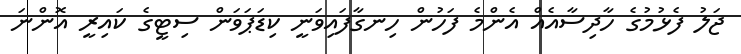
ޖަލު ފެޅުމުގެ ހާދިސާއެއް އެންމެ ފަހުން ހިނގާފައިވަނީ ކިޑަޕަވަން ސިޓީގެ ކައިރީ އޮންނަ